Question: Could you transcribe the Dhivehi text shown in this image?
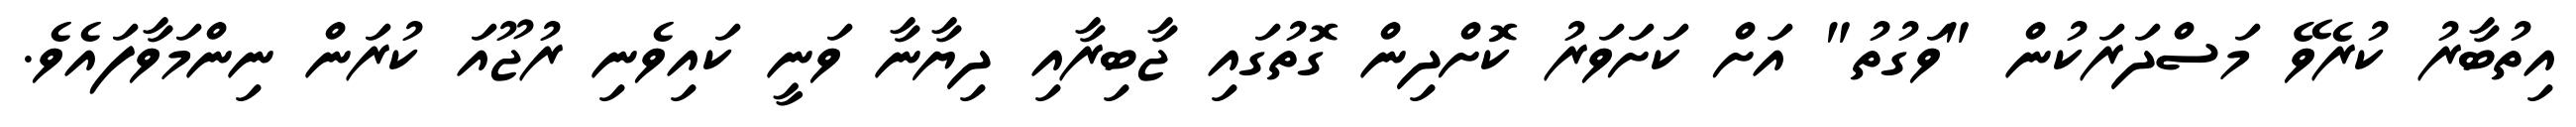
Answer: އިތުބާރު ކުރެވޭ މަސްދަރަކުން "ވަގުތު" އަށް ކަށަވަރު ކޮށްދިން ގޮތުގައި ޖާބިރާއި ދިޔާނާ ވަނީ ކައިވެނި ރުޖޫއަ ކުރަން ނިންމަވާފައެވެ.